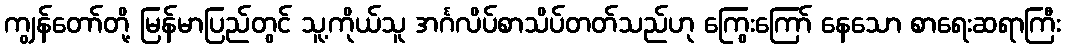
ကျွန်တော်တို့ မြန်မာပြည်တွင် သူ့ကိုယ်သူ အင်္ဂလိပ်စာသိပ်တတ်သည်ဟု ကြွေးကြော် နေသော စာရေးဆရာကြီး